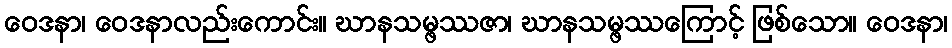
ဝေဒနာ၊ ဝေဒနာလည်းကောင်း။ ဃာနသမ္ဖဿဇာ၊ ဃာနသမ္ဖဿကြောင့် ဖြစ်သော။ ဝေဒနာ၊